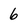
Character: 6